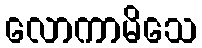
လောကာမိသေ